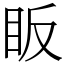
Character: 眅